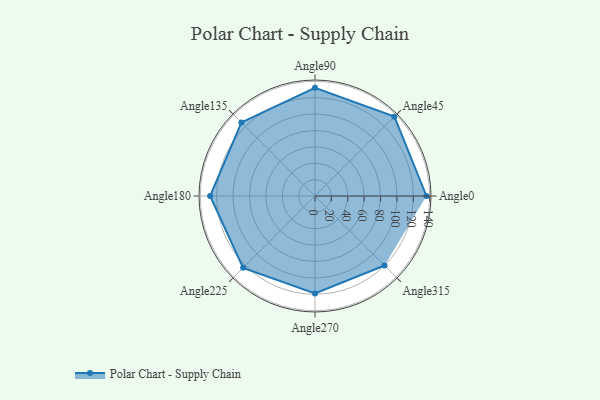
{"axis": {"x": "Angle", "y": "Radius"}, "legend": [""], "data": [{"x": "Angle0", "y": 136.0, "type": ""}, {"x": "Angle45", "y": 137.0, "type": ""}, {"x": "Angle90", "y": 132.0, "type": ""}, {"x": "Angle135", "y": 127.0, "type": ""}, {"x": "Angle180", "y": 128.0, "type": ""}, {"x": "Angle225", "y": 124.0, "type": ""}, {"x": "Angle270", "y": 119.0, "type": ""}, {"x": "Angle315", "y": 120.0, "type": ""}]}